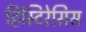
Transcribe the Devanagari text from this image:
हिस्टिरेसिस